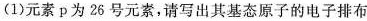
(1)元素p为26号元素，请写出其基态原子的电子排布